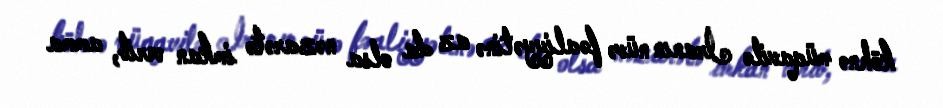
köhnə müqavilə İranın nüvə fəaliyyətinə az da olsa nəzarətə imkan verib, amma